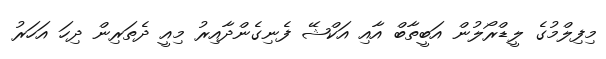
މިފިލްމުގެ ލީޑްރޯލުން އަބީތާބް އާއި އަކްޝޭ ފެނިގެންދާއިރު މިއީ ދެތަރިން ދިހަ އަހަރު